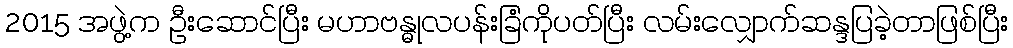
2015 အဖွဲ့က ဦးဆောင်ပြီး မဟာဗန္ဓုလပန်းခြံကိုပတ်ပြီး လမ်းလျှောက်ဆန္ဒပြခဲ့တာဖြစ်ပြီး